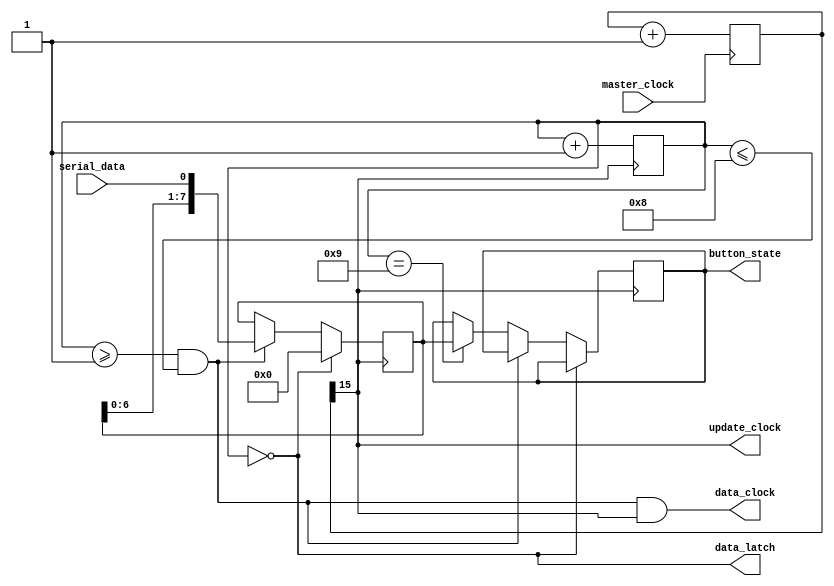
module nes_controller(
		input master_clock,
		output data_clock,
		output data_latch,
		input serial_data,
		output reg [7:0] button_state,
		output update_clock
   );
	parameter Hz  = 1;
	parameter KHz = 1000*Hz;
	parameter MHz = 1000*KHz;
	parameter MASTER_CLOCK_FREQUENCY = 100*MHz; 
	parameter OUTPUT_UPDATE_FREQUENCY = 120*Hz; 
	parameter DIVIDER_EXPONENT = log2( (MASTER_CLOCK_FREQUENCY / OUTPUT_UPDATE_FREQUENCY) / 10 ) - 2;
	reg [DIVIDER_EXPONENT:0] sample_count;
	wire sample_clock = sample_count[DIVIDER_EXPONENT];
	always @(posedge master_clock) sample_count <= sample_count + 1;
	reg [3:0] cycle_stage;
	reg [7:0] data;
	wire latch_phase = cycle_stage == 0;
	wire data_phase = cycle_stage >= 1 & cycle_stage <= 8;
	wire end_phase = cycle_stage == 9;
	always @(posedge sample_clock) begin
		     if(latch_phase) data <= 4'h0;
		else if(data_phase)  data <= {data[6:0], serial_data};
		else if(end_phase) begin
			cycle_stage <= 4'h0;
			button_state[7:0] <= data;
		end
		cycle_stage <= cycle_stage + 1;
	end
	assign data_latch = latch_phase;
	assign data_clock = data_phase & sample_clock;
	assign update_clock = sample_clock;
	function integer log2;
		 input [31:0] value;
		 begin
			  value = value - 1;
			  for (log2 = 0; value > 0; log2 = log2 + 1) begin
					value = value >> 1;
			  end
		 end
	endfunction
endmodule